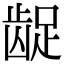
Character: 龊